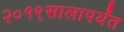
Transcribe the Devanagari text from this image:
२०१९सालापर्यंत